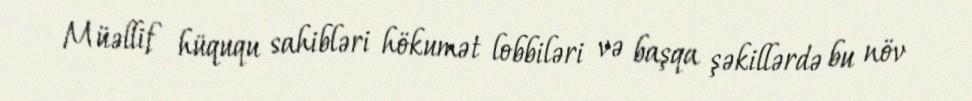
Müəllif hüququ sahibləri hökumət lobbiləri və başqa şəkillərdə bu növ